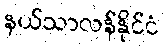
နယ်သာလန်နိုင်ငံ